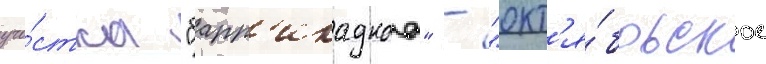
уча́стка "барр'икаднаа" - "окт'я́брьское